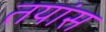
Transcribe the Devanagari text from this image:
तयांस